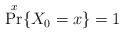
LaTeX: \begin{align*}\Pr^x\{X_0=x\}=1\end{align*}